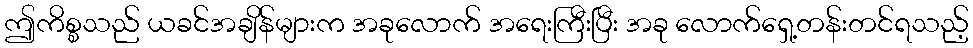
ဤကိစ္စသည် ယခင်အချိန်များက အခုလောက် အရေးကြီးပြီး အခု လောက်ရှေ့တန်းတင်ရသည့်